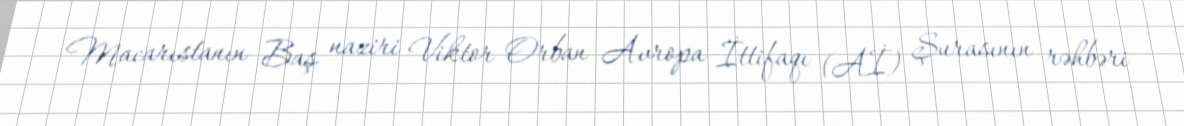
Macarıstanın Baş naziri Viktor Orban Avropa İttifaqı (Aİ) Şurasının rəhbəri